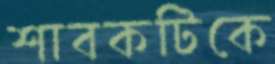
শাবকটিকে